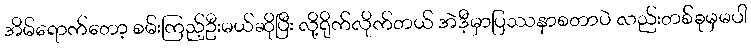
အိမ်ရောက်တော့ စမ်းကြည့်ဦးမယ်ဆိုပြီး လို့ရိုက်လိုက်တယ် အဲဒီ့မှာပြဿနာစတာပဲ လည်းတစ်ခုမှမပါ